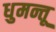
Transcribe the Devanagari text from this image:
धुमन्तू